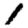
Digit: 1